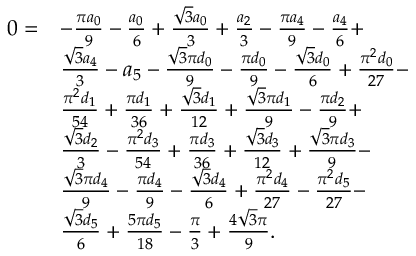
\begin{array} { r l } { 0 = } & { - \frac { \pi a _ { 0 } } { 9 } - \frac { a _ { 0 } } { 6 } + \frac { \sqrt { 3 } a _ { 0 } } { 3 } + \frac { a _ { 2 } } { 3 } - \frac { \pi a _ { 4 } } { 9 } - \frac { a _ { 4 } } { 6 } + } \\ & { \frac { \sqrt { 3 } a _ { 4 } } { 3 } - a _ { 5 } - \frac { \sqrt { 3 } \pi d _ { 0 } } { 9 } - \frac { \pi d _ { 0 } } { 9 } - \frac { \sqrt { 3 } d _ { 0 } } { 6 } + \frac { \pi ^ { 2 } d _ { 0 } } { 2 7 } - } \\ & { \frac { \pi ^ { 2 } d _ { 1 } } { 5 4 } + \frac { \pi d _ { 1 } } { 3 6 } + \frac { \sqrt { 3 } d _ { 1 } } { 1 2 } + \frac { \sqrt { 3 } \pi d _ { 1 } } { 9 } - \frac { \pi d _ { 2 } } { 9 } + } \\ & { \frac { \sqrt { 3 } d _ { 2 } } { 3 } - \frac { \pi ^ { 2 } d _ { 3 } } { 5 4 } + \frac { \pi d _ { 3 } } { 3 6 } + \frac { \sqrt { 3 } d _ { 3 } } { 1 2 } + \frac { \sqrt { 3 } \pi d _ { 3 } } { 9 } - } \\ & { \frac { \sqrt { 3 } \pi d _ { 4 } } { 9 } - \frac { \pi d _ { 4 } } { 9 } - \frac { \sqrt { 3 } d _ { 4 } } { 6 } + \frac { \pi ^ { 2 } d _ { 4 } } { 2 7 } - \frac { \pi ^ { 2 } d _ { 5 } } { 2 7 } - } \\ & { \frac { \sqrt { 3 } d _ { 5 } } { 6 } + \frac { 5 \pi d _ { 5 } } { 1 8 } - \frac { \pi } { 3 } + \frac { 4 \sqrt { 3 } \pi } { 9 } . } \end{array}